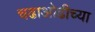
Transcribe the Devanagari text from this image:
चढाओढीच्या